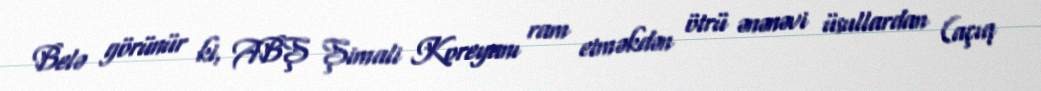
Belə görünür ki, ABŞ Şimali Koreyanı ram etməkdən ötrü ənənəvi üsullardan (açıq